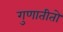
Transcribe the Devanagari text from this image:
गुणातीतो